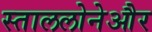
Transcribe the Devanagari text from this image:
स्ताललोनेऔर